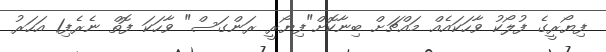
ފިޔޯރީގެ ފުލޯކު ވާހަކައެއް މައްޗަށް ބިނާކޮށް"ފިޔޯރީ ރަންގަސް" ވާހަކަ ފޮތް ނެރެފި1 އަހަރު